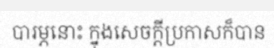
បារម្ភនោះ ក្នុងសេចក្តីប្រកាសក៏បាន